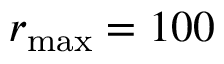
r _ { \mathrm { m a x } } = 1 0 0